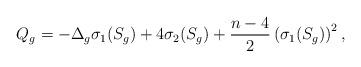
LaTeX: \begin{align*}Q_g=-\Delta_g\sigma_1(S_g) + 4\sigma_2(S_g) + \frac{n-4}{2}\left(\sigma_1(S_g)\right)^2, \end{align*}